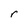
Character: r